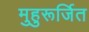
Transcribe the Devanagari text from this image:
मुहुरूर्जित